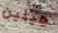
هيلين